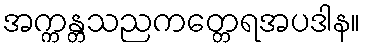
အက္ကန္တသညကတ္တေရအပဒါန။